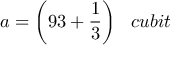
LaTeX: a = { \bigg ( } 9 3 + { \frac { 1 } { 3 } } { \bigg ) } \; \; \; c u b i t